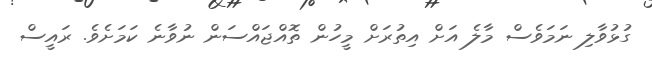
ގުޅުވާލި ނަމަވެސް މާލެ އަށް އިތުރަށް މީހުން ތޮއްޖައްސަން ނުވާނެ ކަމަށެވެ. ރައީސް